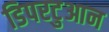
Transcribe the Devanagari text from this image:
डिपरटुआन